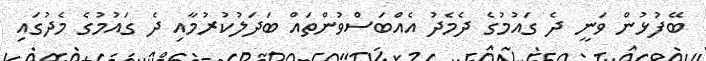
ބޭފުޅުން ވަނީ ދެ ގައުމުގެ ދެމެދު އެއްބަސްވުންތައް ބަދަލުކުރުމާއި ދެ ގައުމުގެ މެދުގައި